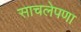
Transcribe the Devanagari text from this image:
साचलेपणा